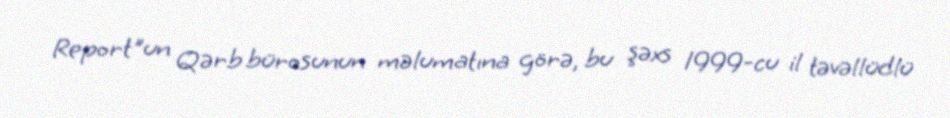
Report"un Qərb bürosunun məlumatına görə, bu şəxs 1999-cu il təvəllüdlü